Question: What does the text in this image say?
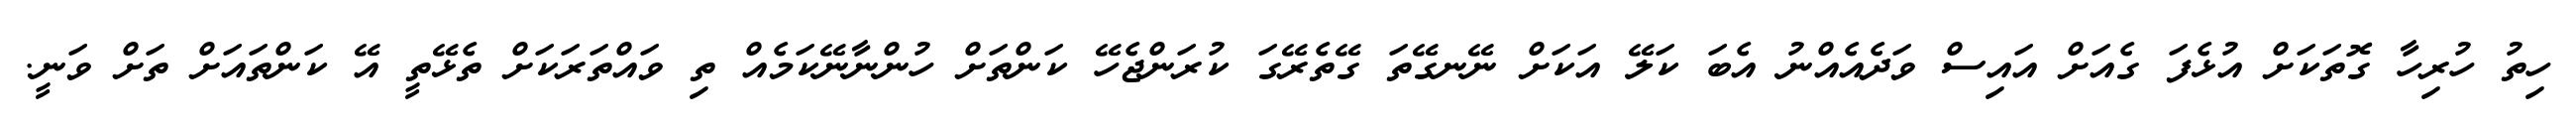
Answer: ހިތު ހުރިހާ ގޮތަކަށް އުޅެފަ ގެއަށް އައިސް ވަދެއެއްނު އެބަ ކަލޭ އަކަށް ނޭނގޭތަ ގޭތެރޭގަ ކުރަންޖެހޭ ކަންތަށް ހުންނާނޭކަމެއް ތި ވައްތަރަކަށް ތެޅޭތީ އޭ ކަންތައަށް ތަށް ވަނީ.